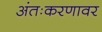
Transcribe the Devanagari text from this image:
अंतःकरणावर